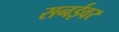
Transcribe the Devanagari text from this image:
सनईवर